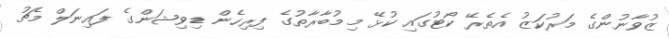
ޒުވާނުންގެ މަރުކަޒު އެތެރޭ ކޯޓުގައި ކުޅޭ މިމުބާރާތުގެ ފިރިހެން ޑިވިޝަންގެ ފައިނަލް މެޗު